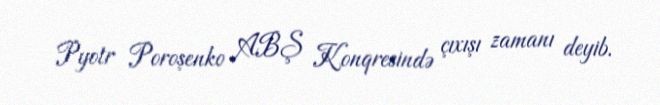
Pyotr Poroşenko ABŞ Konqresində çıxışı zamanı deyib.